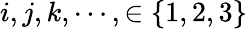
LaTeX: i,j,k,\cdots,\in\{ 1,2,3\}